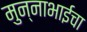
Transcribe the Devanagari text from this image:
मुन्नाभाईचा